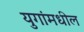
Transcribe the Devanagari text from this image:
युगांमधील